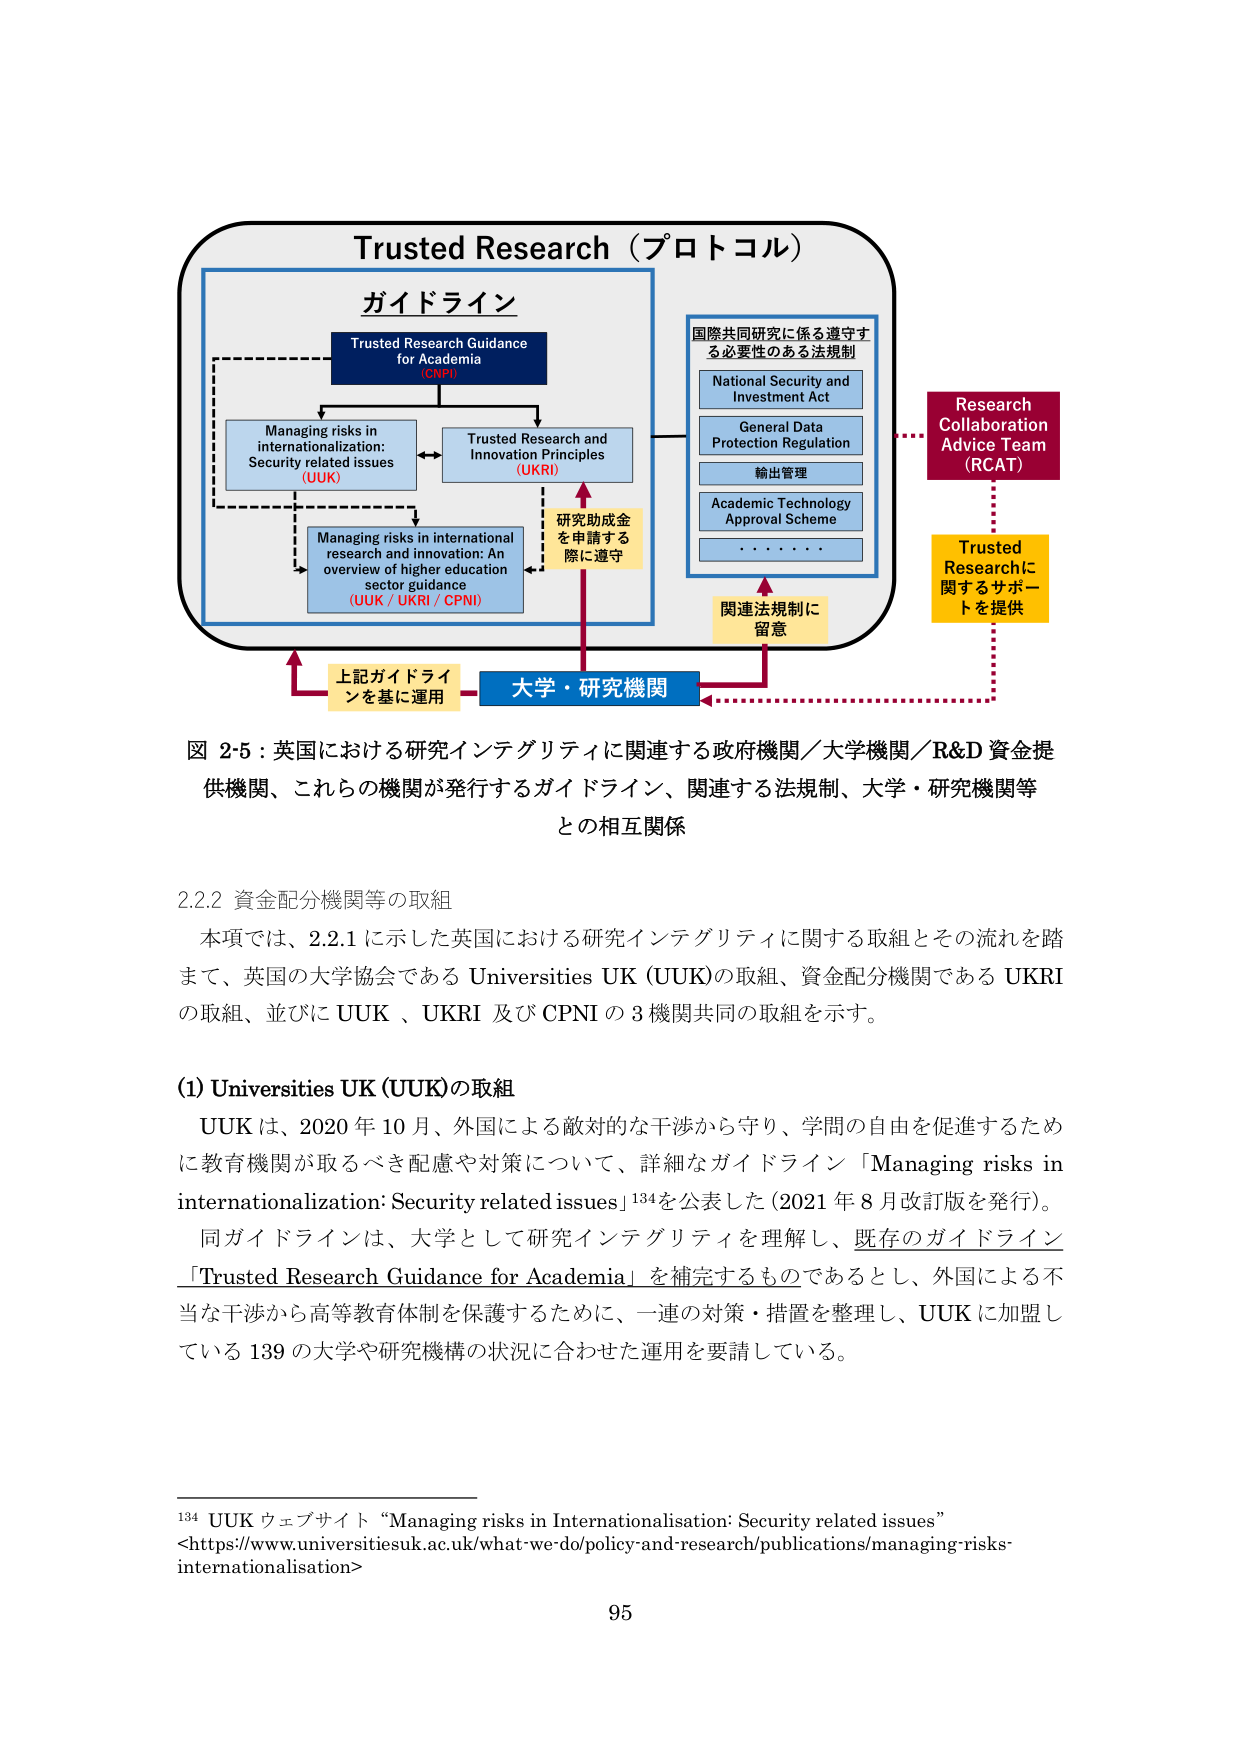
Trusted Research（プロトコル）

ガイドライン

Trusted Research Guidance for Academia (CPNI)

Managing risks in internationalization: Security related issues (UUK)

Trusted Research and Innovation Principles (UKRI)

Managing risks in international research and innovation: An overview of higher education sector guidance (UUK / UKRI / CPNI)

研究助成金を申請する際に遵守

国際共同研究に係る遵守する必要性のある法規制

National Security and Investment Act

General Data Protection Regulation

輸出管理

Academic Technology Approval Scheme

・・・・・・

関連法規制に留意

Research Collaboration Advice Team (RCAT)

Trusted Researchに関するサポートを提供

上記ガイドラインを基に運用

大学・研究機関

図 2-5：英国における研究インテグリティに関連する政府機関／大学機関／R&D 資金提供機関、これらの機関が発行するガイドライン、関連する法規制、大学・研究機関等との相互関係

2.2.2 資金配分機関等の取組

本項では、2.2.1 に示した英国における研究インテグリティに関する取組とその流れを踏まえて、英国の大学協会である Universities UK (UUK) の取組、資金配分機関である UKRI の取組、並びに UUK、UKRI 及び CPNI の 3 機関共同の取組を示す。

(1) Universities UK (UUK) の取組

UUK は、2020 年 10 月、外国による敵対的な干渉から守り、学問の自由を促進するために教育機関が取るべき配慮や対策について、詳細なガイドライン「Managing risks in internationalisation: Security related issues」¹³⁴を公表した（2021 年 8 月改訂版を発行）。

同ガイドラインは、大学として研究インテグリティを理解し、既存のガイドライン「Trusted Research Guidance for Academia」を補完するものであるとし、外国による不当な干渉から高等教育体制を保護するために、一連の対策・措置を整理し、UUK に加盟している 139 の大学や研究機構の状況に合わせた運用を要請している。

¹³⁴ UUK ウェブサイト “Managing risks in Internationalisation: Security related issues” <https://www.universitiesuk.ac.uk/what-we-do/policy-and-research/publications/managing-risks-internationalisation>

95